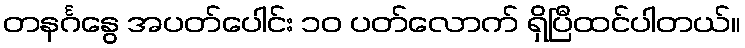
တနင်္ဂနွေ အပတ်ပေါင်း ၁၀ ပတ်လောက် ရှိပြီထင်ပါတယ်။